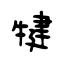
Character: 犍